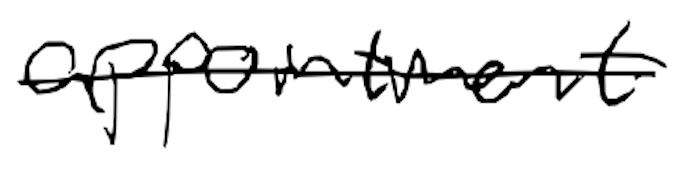
Text: appointment
Cross-out: single-line
Writing tool: digital_black